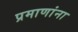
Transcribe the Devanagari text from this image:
प्रमाणांना